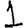
Digit: 1